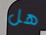
هل